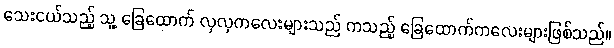
သေးငယ်သည့် သူ့ ခြေထောက် လှလှကလေးများသည် ကသည့် ခြေထောက်ကလေးများဖြစ်သည်။